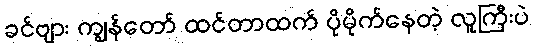
ခင်ဗျား ကျွန်တော် ထင်တာထက် ပိုမိုက်နေတဲ့ လူကြီးပဲ